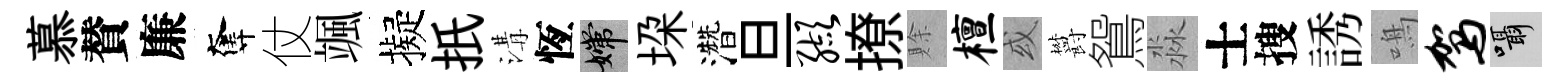
慕賛廉奪仗颯擬扺溝恆嫦垜濳旦缬撩賖檀或欝鴛淼士搜誘鳴驾囁